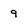
Character: 9